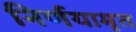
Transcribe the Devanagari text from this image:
निर्णयामृत